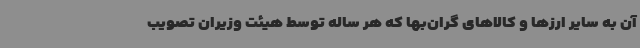
آن به سایر ارزها و کالاهای گران‌بها که هر ساله توسط هیئت وزیران تصویب